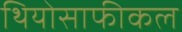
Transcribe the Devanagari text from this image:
थियोसाफीकल